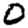
Digit: 0